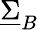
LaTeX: \underline{{\Sigma}}_{B}